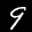
Label: 9